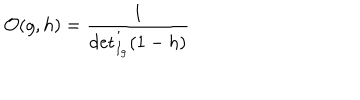
{ \cal O } ( g , h ) = \frac { 1 } { \det _ { I _ { g } } ^ { \prime } ( 1 - h ) }